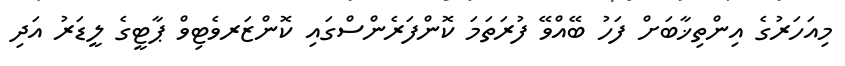
މިއަހަރުގެ އިންތިޚާބަށް ފަހު ބޭއްވޭ ފުރަތަމަ ކޮންފަރެންސްގައި ކޮންޒަރވެޓިވް ޕާޓީގެ ލީޑަރު އަދި